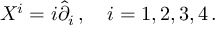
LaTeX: X ^ { i } = i \hat { \partial } _ { i } \, , ~ ~ ~ i = 1 , 2 , 3 , 4 \, .